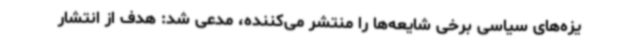
یزه‌های سیاسی برخی شایعه‌ها را منتشر می‌کننده، مدعی شد: هدف از انتشار